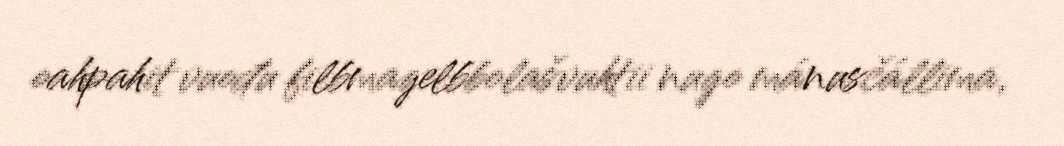
oahpahit vuođu filbmagelbbolašvuhtii nugo mánusčállima,